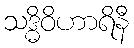
သဒ္ဓိဝိဟာရိနီ